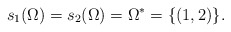
\begin{align*}s_1(\Omega) = s_2(\Omega) = \Omega^* = \{(1,2)\}.\end{align*}